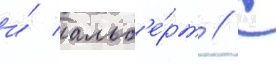
и́ альб'е́рт // С